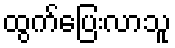
ထွက်ပြေးလာသူ